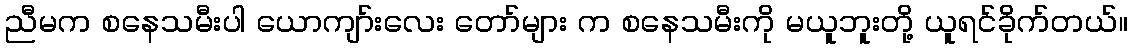
ညီမက စနေသမီးပါ ယောကျာ်းလေး တော်များ က စနေသမီးကို မယူဘူးတို့ ယူရင်ခိုက်တယ်။